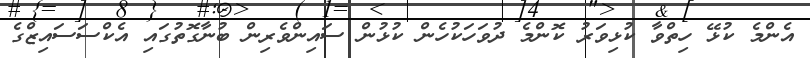
އެންމެ ކުޅޭ ހިތްވާ ކުޅިވަރު ކޮންމެ ދުވަހަކުހެން ކުޅުން ސައިންވެރިން ބުނާގޮތުގައި އެކްސަސައިޒްގެ